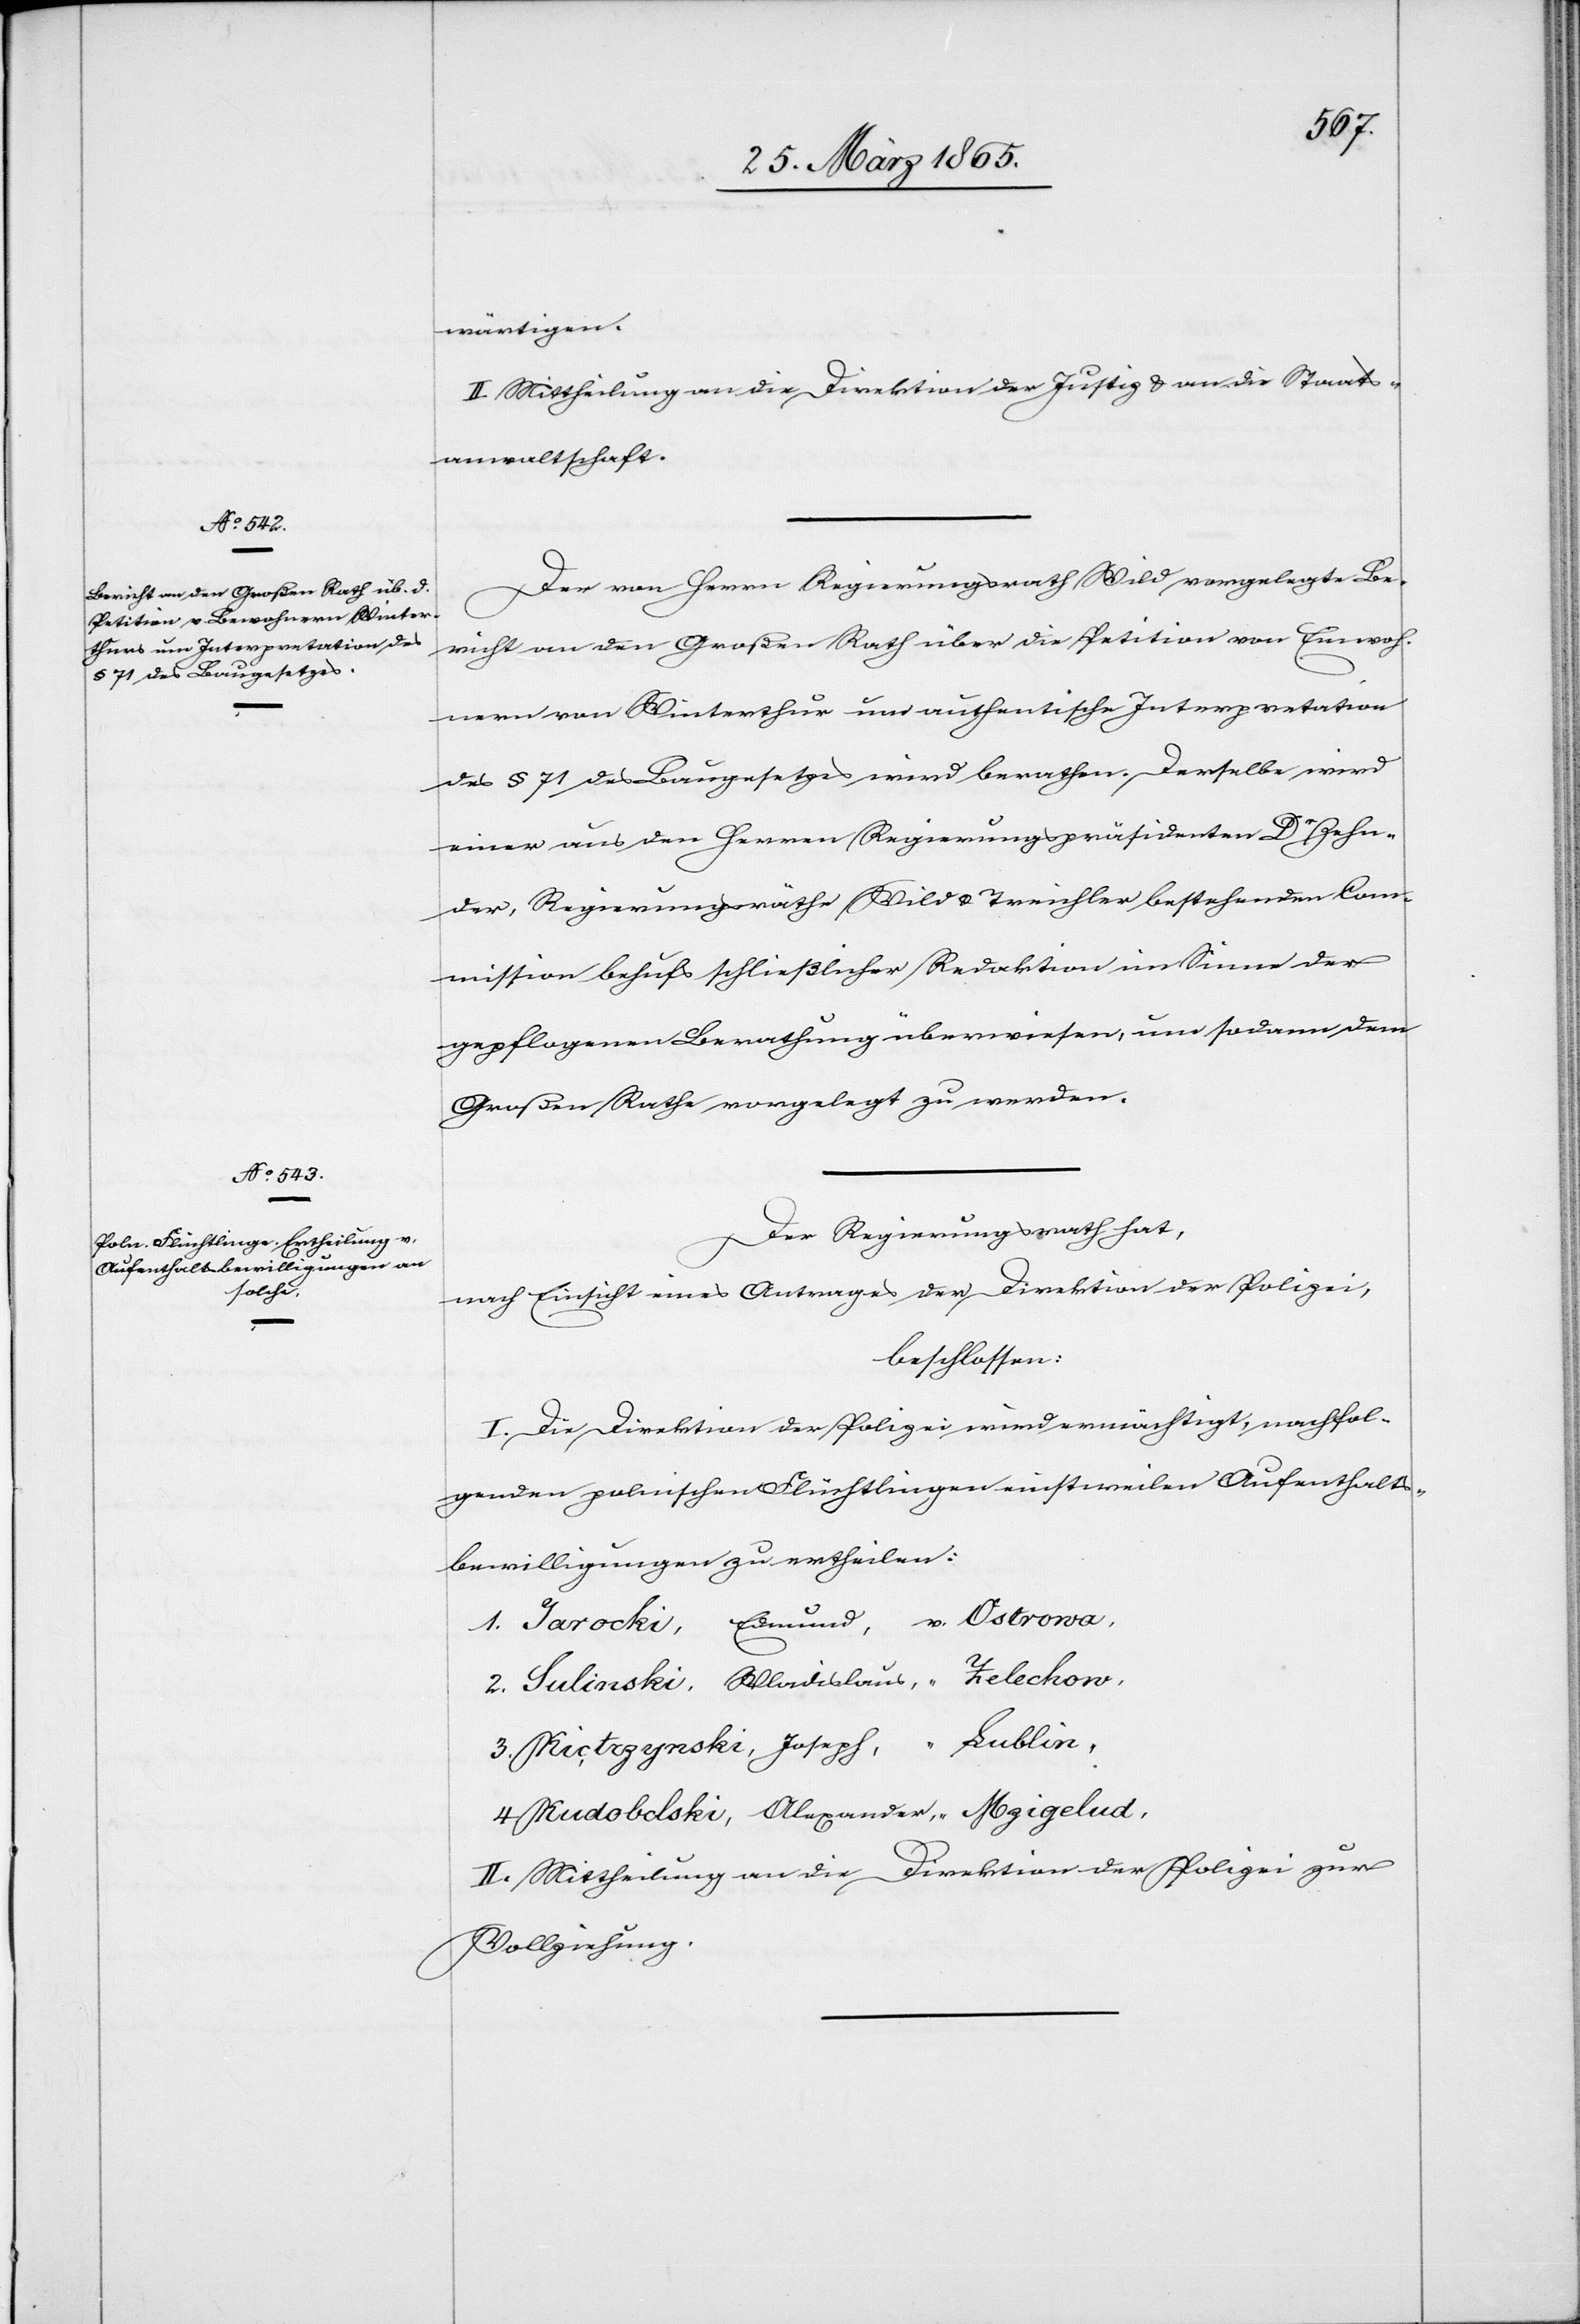
wärtigen.
II. Mittheilung an die Direktion der Justiz & an die Staats¬
anwaltschaft.
Der von Herrn Regierungsrath Wild vorgelegte Be¬
richt an den Großen Rath über die Petition von Einwoh¬
nern von Winterthur um authentische Interpretation
des § 71 des Baugesetzes wird berathen. Derselbe wird
einer aus den Herren Regierungspräsidenten Dr Zehn¬
der, Regierungsräthe Wild & Treichler bestehenden Com¬
mission behufs schließlicher Redaktion im Sinne der
gepflogenen Berathung überwiesen, um sodann dem
Großen Rathe vorgelegt zu werden.
Der Regierungsrath hat,
nach Einsicht eines Antrages der Direktion der Polizei,
beschlossen:
I. Die Direktion der Polizei wird ermächtigt, nachfol¬
genden polnischen Flüchtlingen einstweilen Aufenthalts¬
bewilligungen zu ertheilen:
1. Jarocki, Edmund, v. Ostrowa,
2. Sulinski, Wadislaus, “ Zelechow,
3. Kictrzynski, Joseph, “ Lublin,
4. Kudobolski, Alexander, “ Mzigelud,
II. Mittheilung an die Direktion der Polizei zur
Vollziehung.